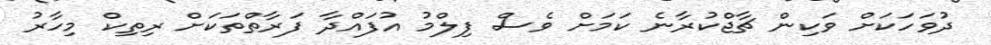
ދުވަހަކަށް ވަކިން ޗާޖްކުރާނެ ކަމަށް ވެސް ފިލްމު އުފައްދާ ފަރާތްތަކަށް ރިތިކް މިހާރު